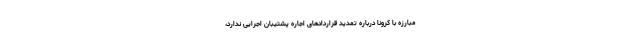
مبارزه با کرونا درباره تمدید قراردادهای اجاره پشتیبان اجرایی ندارد،